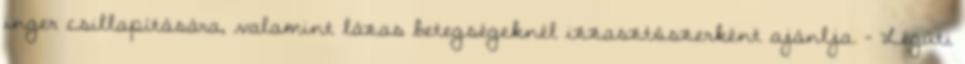
inger csillapítására, valamint lázas betegségeknél izzasztószerként ajánlja. - Légúti